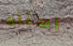
اسئله